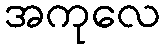
အကုလေ